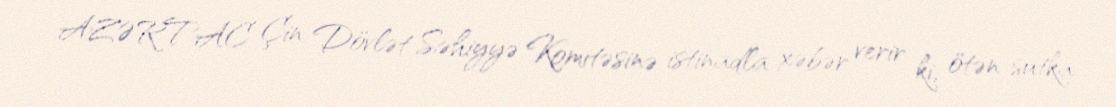
AZƏRTAC Çin Dövlət Səhiyyə Komitəsinə istinadla xəbər verir ki, ötən sutka